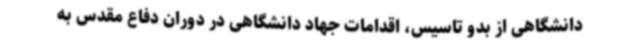
دانشگاهی از بدو تاسیس، اقدامات جهاد دانشگاهی در دوران دفاع مقدس به